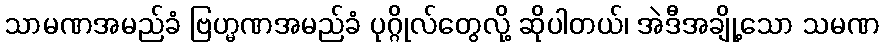
သာမဏအမည်ခံ ဗြဟ္မဏအမည်ခံ ပုဂ္ဂိုလ်တွေလို့ ဆိုပါတယ်၊ အဲဒီအချို့သော သမဏ